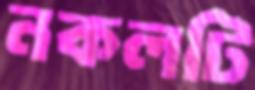
নকলটি